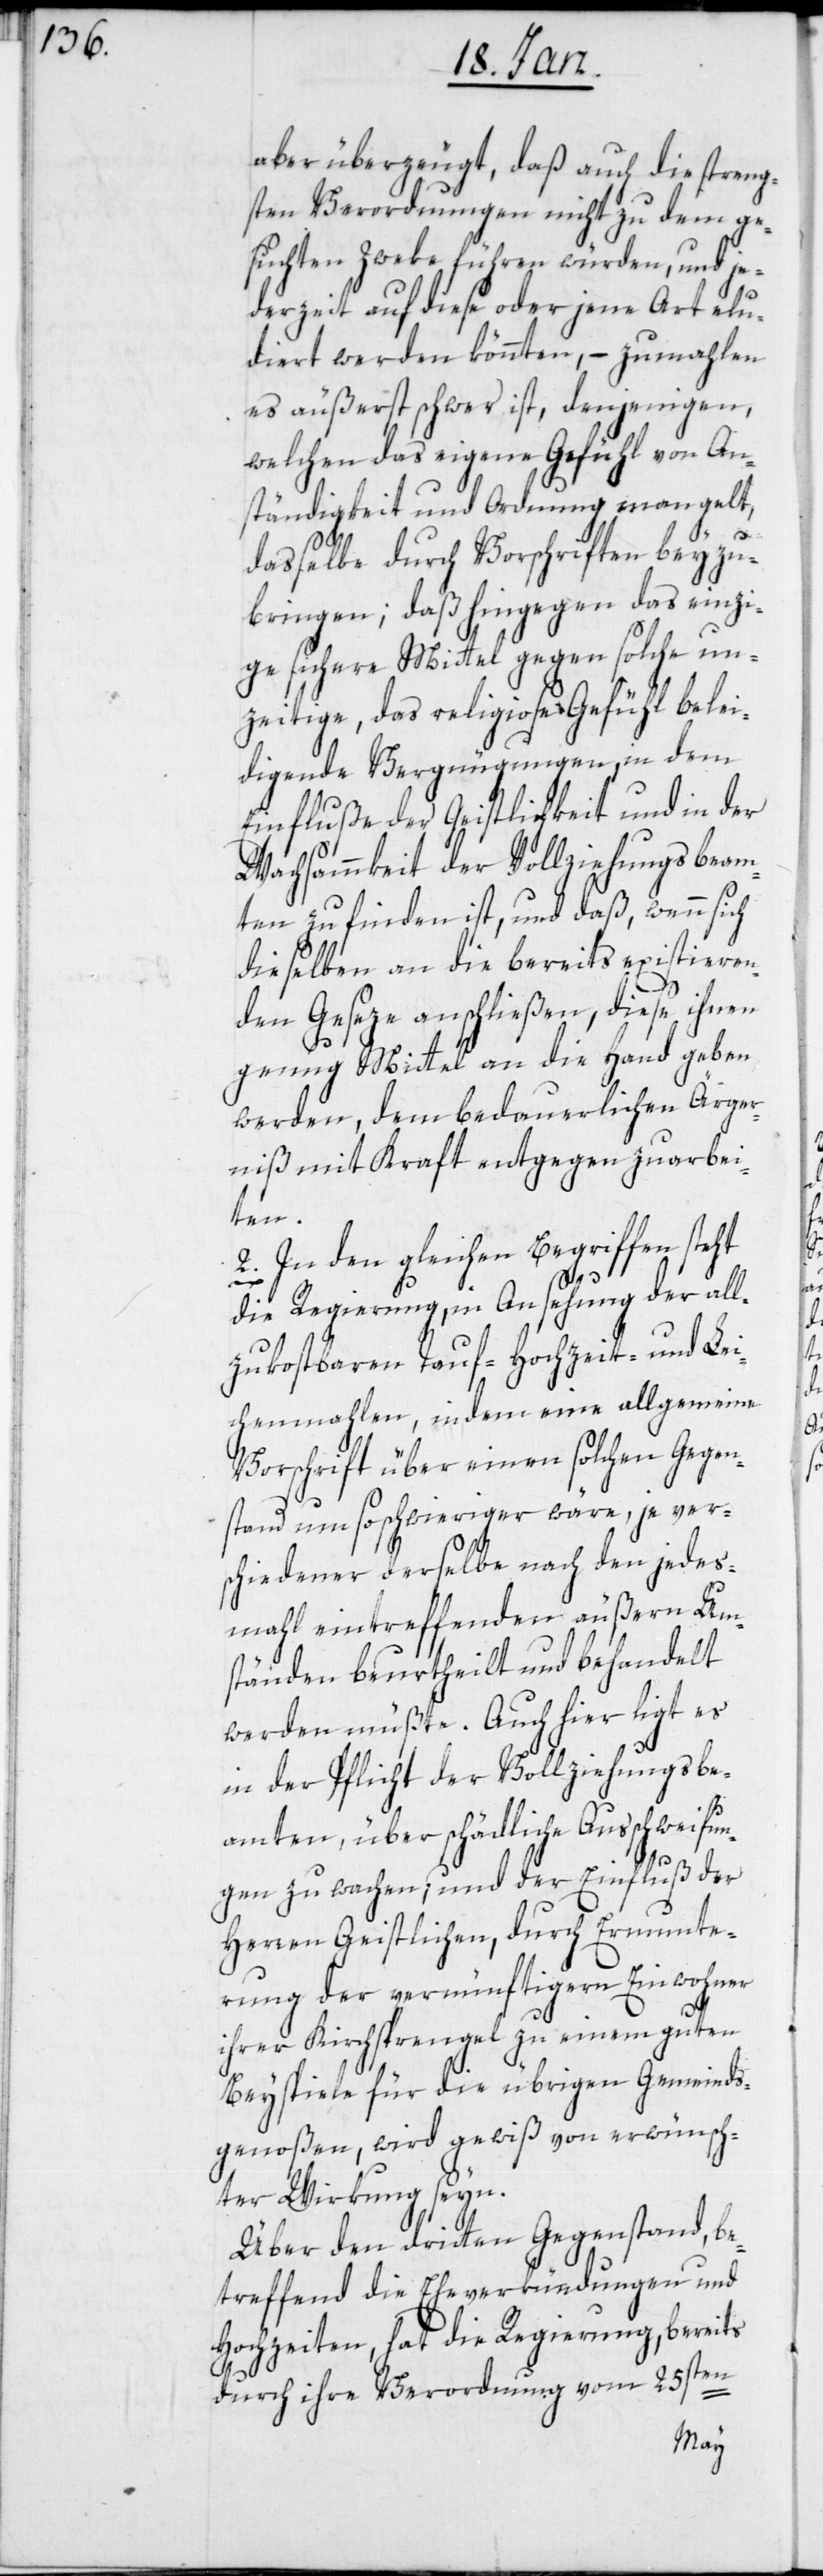
aber überzeugt, daß auch die streng¬
sten Verordnungen nicht zu dem ge¬
suchten Zweke führen würden, und je¬
derzeit auf diese oder jene Art elu¬
diert werden könnten, – zumahlen
es äußerst schwer ist, denjenigen,
welchen das eigene Gefühl von An¬
ständigkeit und Ordnung mangelt,
dasselbe durch Vorschriften beyzu¬
bringen; daß hingegen das einzi¬
g sichere Mittel gegen solche un¬
zeitige, das religiose Gefühl belei¬
digende Vergnügungen, in dem
Einfluße der Geistlichkeit und in der
Wachsammkeit der Vollziehungsbeam¬
ten zu finden ist, und daß, wenn sich
dieselben an die bereits existieren¬
den Geseze anschließen, diese ihnen
genug Mittel an die Hand geben
werden, dem bedauerlichen Ärger¬
niß mit Kraft entgegen zu arbei¬
ten.
2. In den gleichen Begriffen steht
die Regierung, in Ansehung der all¬
zukostbaren Tauf-, Hochzeit- und Lei¬
chenmahlen, indem eine allgemeine
Vorschrift über einen solchen Gegen¬
stand um so schwieriger wäre, je ver¬
schiedener derselbe nach den jedes
Mahl eintreffenden äußern Um¬
ständen beurtheilt und behandelt
werden müßte. Auch hier ligt es
in der Pflicht der Vollziehungsbe¬
amten, über schädliche Ausschweifun¬
gen zu wachen; und der Einfluß der
Herren Geistlichen, durch Ermunte¬
rung der vernünftigern Einwohner
ihrer Kirchsprengel zu einem guten
Beyspiele für die übrigen Gemeinds¬
genoßen, wird gewiß von erwünsch¬
ter Wirkung seyn.
Über den dritten Gegenstand, be¬
treffend die Eheverkündigungen und
Hochzeiten, hat die Regierung, bereits
durch ihre Verordnung vom 25sten